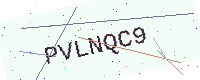
Text: PVLNQC9